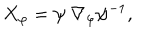
X _ { \varphi } = \psi \ \nabla _ { \varphi } \psi ^ { - 1 } ,